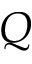
Q